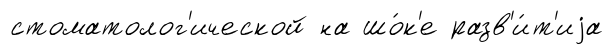
стоматолог'ической на шо́к'е разв'и́т'иjа